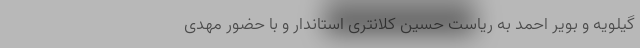
گیلویه و بویر احمد به ریاست حسین کلانتری استاندار و با حضور مهدی